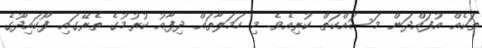
ތަކެއް އުފައްދަން މަސައްކަތް ކުރިއެވެ. މި ހަމަލާތައް ދިފާއު ކުރުމުގެ ތެރޭގައި ފޯކައިދޫގެ